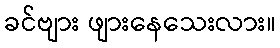
ခင်ဗျား ဖျားနေသေးလား။